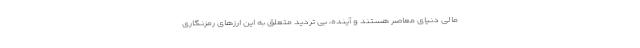
مالی دنیای معاصر هستند و آینده، بی تردید متعلق به این ارزهای رمزنگاری